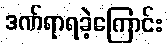
ဒဏ်ရာရခဲ့ကြောင်း